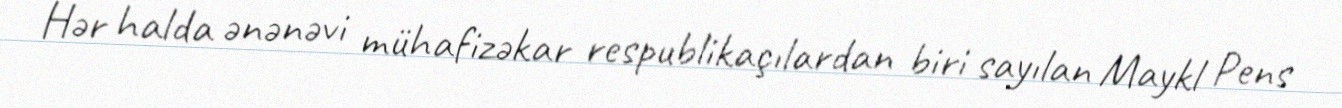
Hər halda ənənəvi mühafizəkar respublikaçılardan biri sayılan Maykl Pens